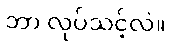
ဘာ လုပ်သင့်လဲ။